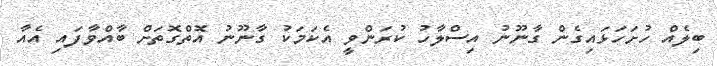
ބިލެއް ހުށަހަޅައިގެން ގާނޫނު އިސްލާހު ކުރަންވީ އެކަމަކު ގާނޫނު އޮތްގޮތަށް ބާއްވާފައި އެއާ